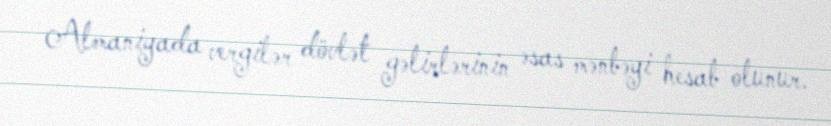
Almaniyada vergilər dövlət gəlirlərinin əsas mənbəyi hesab olunur.